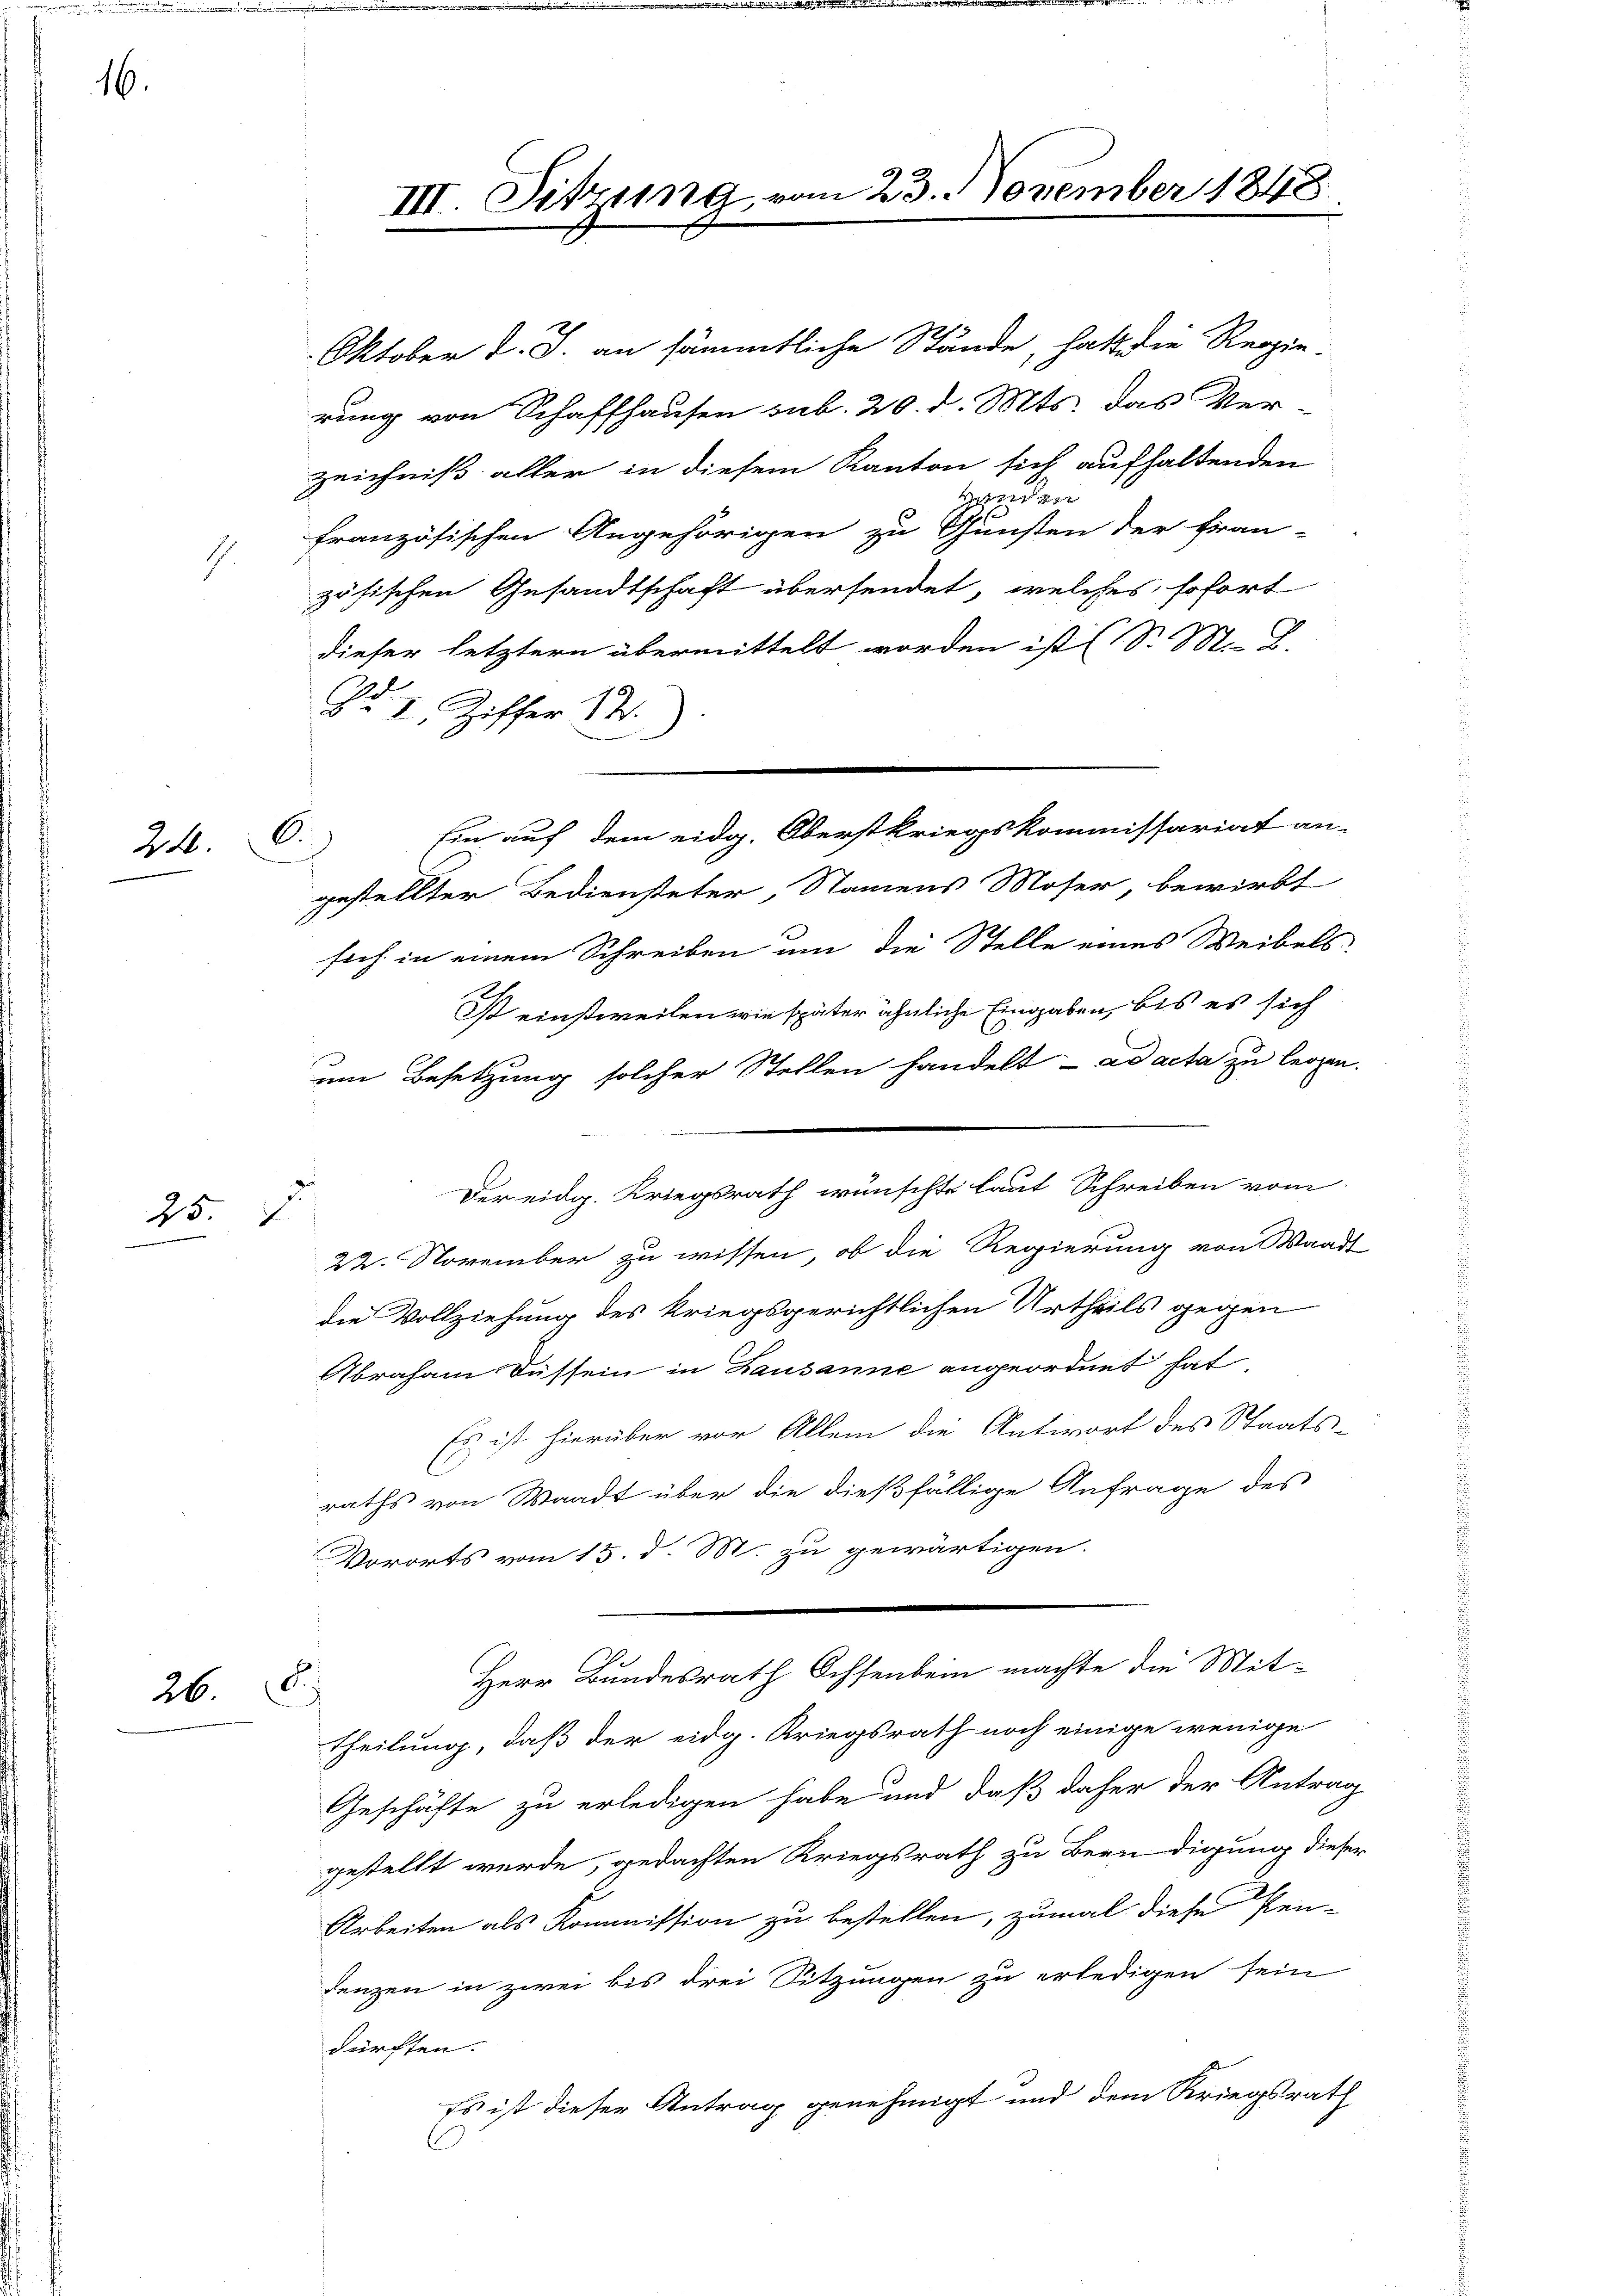
16.

.

24. 6.

25. J.

26

III. Sitzung.

Oktober d. J. an sämmtliche Stände, hatt die Regie
rung von Schaffhausen sub. 20. d. Mts. das Ver-
zeichniß aller in diesem Kanton sich aufhaltenden
senden
französischen Angehörigen zu Gunsten der fran-
zösischen Gesandtschaft übersendet, welches sofort
dieser letztern übermittelt worden ist (S. M. D.
2
Br I. Ziffer 14.
gestellter Bediensteter, Namens Moser, bewirkt
sich in einem Schreiben um die Stelle eines Weibels
Ist einstweilen wie später ähnliche Eingaben, bis es sich
um Besetzung solcher Stellen handelt ad acta zu legen.
22. November zu wissen, ob die Regierung von Waadt
die Vollziehung des kriegsgerichtlichen Urtheils gegen
Abraham Düssein in Lausanne angeordnet hat
Es ist hierüber vor Allem die Antwort des Staats-
raths von Waadt über die dießfällige Anfrage des
Vororts vom 15. d. 881. zu gewärtigen.
Herr Bundesrath Ochsenbein machte die Mit-
d
theilung, daß der eidg. Kriegsrath noch einige wenige
Geschäfte zu erledigen habe und daß daher der Antrag
gestellt werde, gedachten Kriegsrath zu Beendigung dieser
Arbeiten als Kommission zu bestellen, zumal diese Pen-
denzen in zwei bis drei Sitzungen zu erledigen sein
dürften.
Es ist dieser Antrag genehmigt und dem Kriegsrath

m 23. November 1848

Ein auf dem eidg. Oberstkriegskommissariat an-

Der eidg. Kriegsrath wünschte laut Schreiben vom